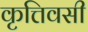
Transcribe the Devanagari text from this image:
कृत्तिवसी